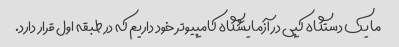
ما یک دستگاه کپی در آزمایشگاه کامپیوتر خود داریم که در طبقه اول قرار دارد.